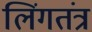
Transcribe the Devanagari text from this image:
लिंगतंत्र